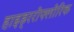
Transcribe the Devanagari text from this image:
हाइड्ररोफ्लोरिक